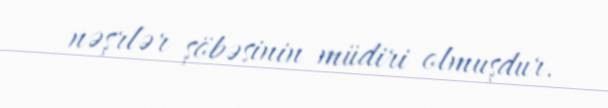
nəşrlər şöbəsinin müdiri olmuşdur.